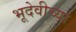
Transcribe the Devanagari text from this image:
भूदेवीच्या